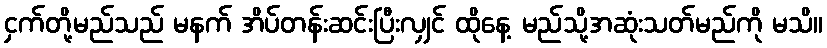
ငှက်တို့မည်သည် မနက် အိပ်တန်းဆင်းပြီးလျှင် ထိုနေ့ မည်သို့အဆုံးသတ်မည်ကို မသိ။